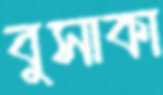
বুসাকা